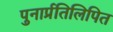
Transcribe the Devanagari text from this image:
पुनार्प्रतिलिपित